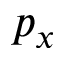
p _ { x }